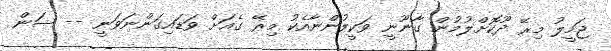
ޖަމީލު މިރޭ ދޫކޮށްލުމުން ގާނޫނީ ވަކީލުންނާއެކު މިރޭ ގެއަށް ވަޑައިގަންނަވަނީ -- ސަން